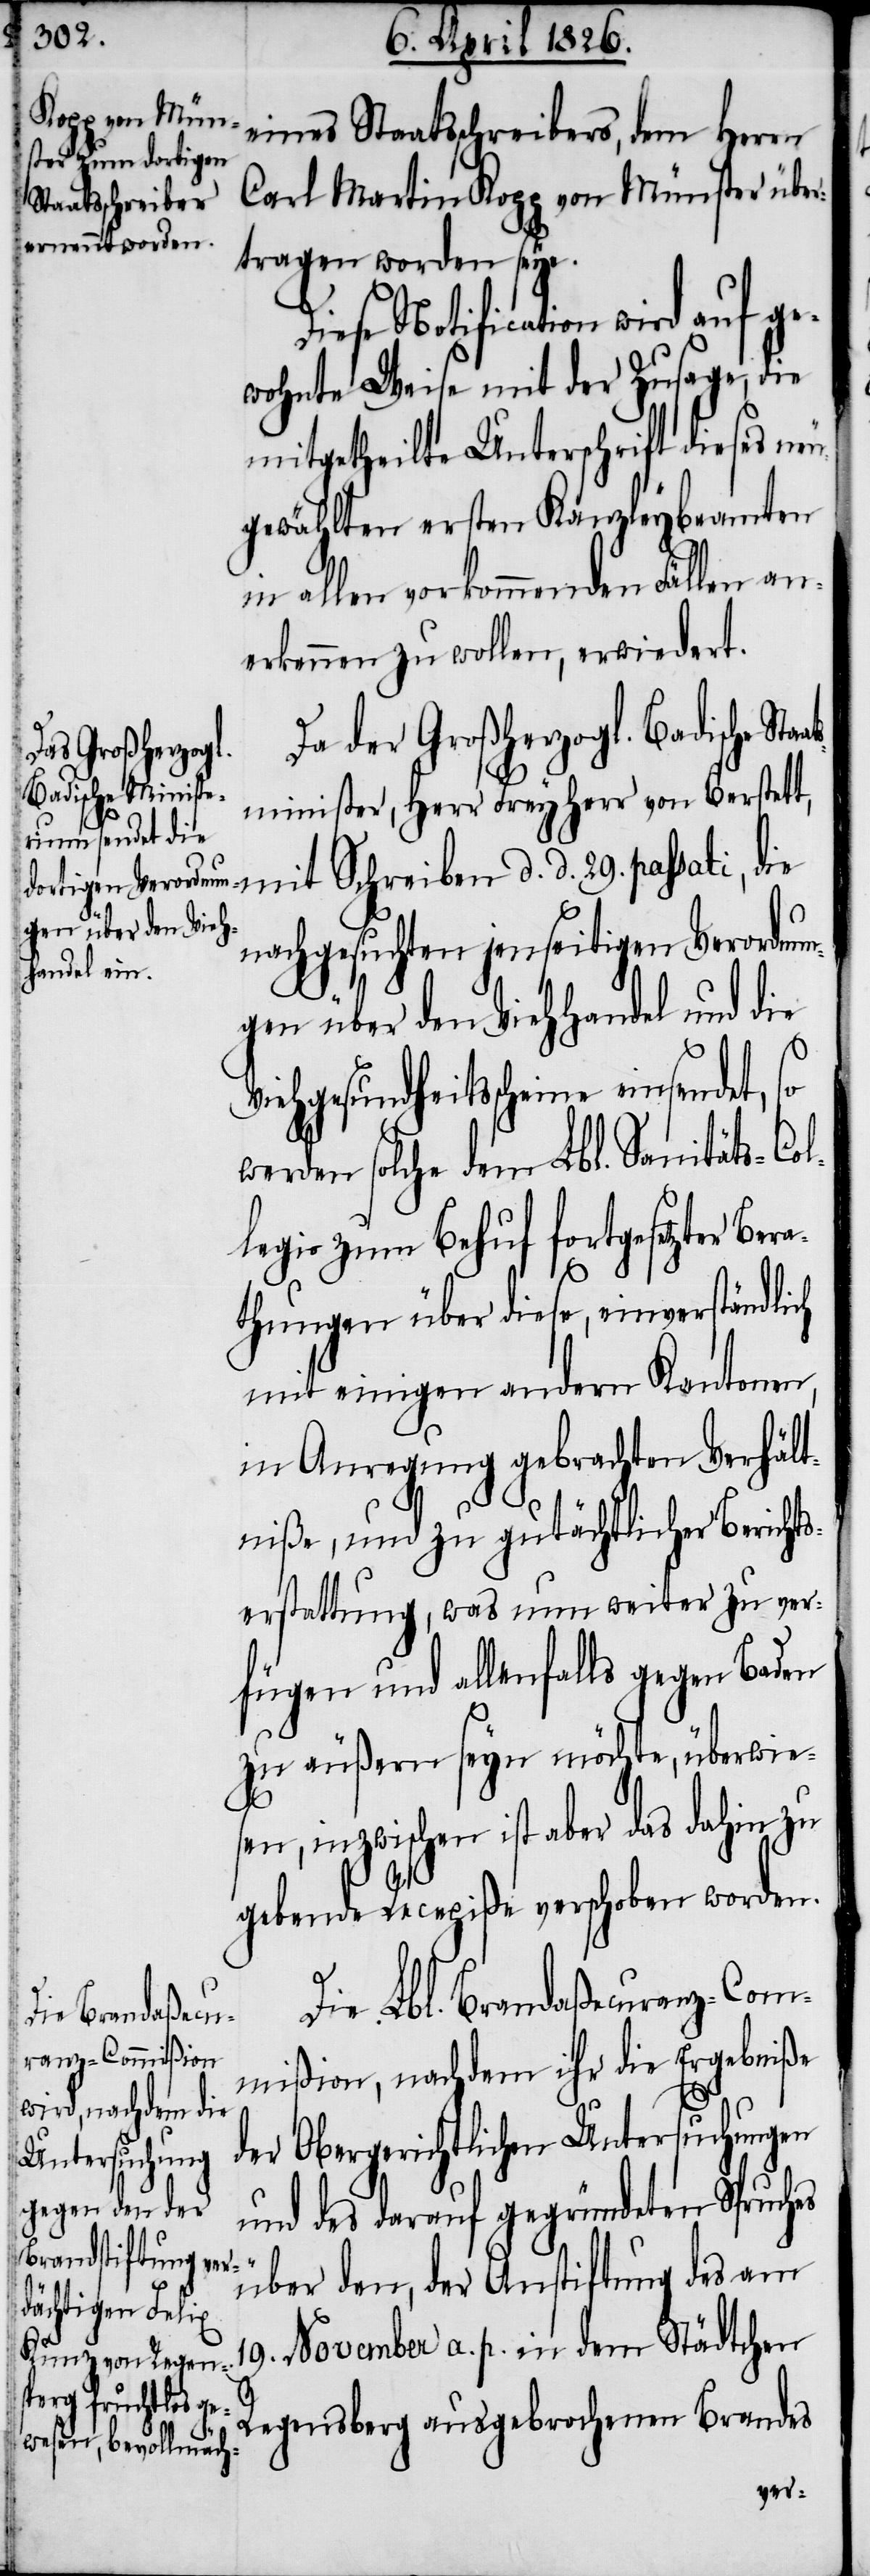
eines Staatsschreibers, dem Herrn
Carl Martin Kopp von Münster über¬
tragen worden seye.
Diese Notification wird auf ge¬
wohnte Weise mit der Zusage, die
mitgetheilte Unterschrift dieses neu¬
gewählten ersten Kanzleybeamten
in allen vorkommenden Fällen an¬
erkennen zu wollen, erwiedert.
Da der Großherzogl. Badische Sta¬
minister, Herr Freyherr von Berstett,
mit Schreiben d. d. 29. passati, die
nachgesuchten jenseitigen Verordnun¬
gen über den Viehhandel und die
Viehgesundheitsscheine einsendet,
werden solche dem Lbl. Sanitäts-Col¬
legio zum Behuf fortgesetzter
thungen über diese, einverständlich
mit einigen andern Kantonen,
in Anregung gebrachten Verhält¬
niße, und zu gutächtlicher Berichts¬
erstattung, was nun weiter zu ver¬
fügen und allenfalls gegen Baden
zu äußern seyn möchte, überwie¬
sen, inzwischen ist aber das dahin zu
es
gebende Recepiße verschoben worden.
Die Lbl. Brandaßecuranz-Com¬
mißion, nachdem ihr die Ergebniße
Obergerichtlichen Untersuchung
der
und des darauf gegründeten Spruch¬
über den, der Anstiftung des am
19. November a. p. in dem Städtchen
Regensberg ausgebrochenen Brandes